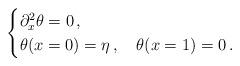
LaTeX: \begin{align*}\begin{cases}\partial^2_{x}\theta = 0\,,\\\theta(x=0) = \eta\,,\quad\theta(x=1) = 0\,.\end{cases}\end{align*}